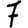
Digit: 7